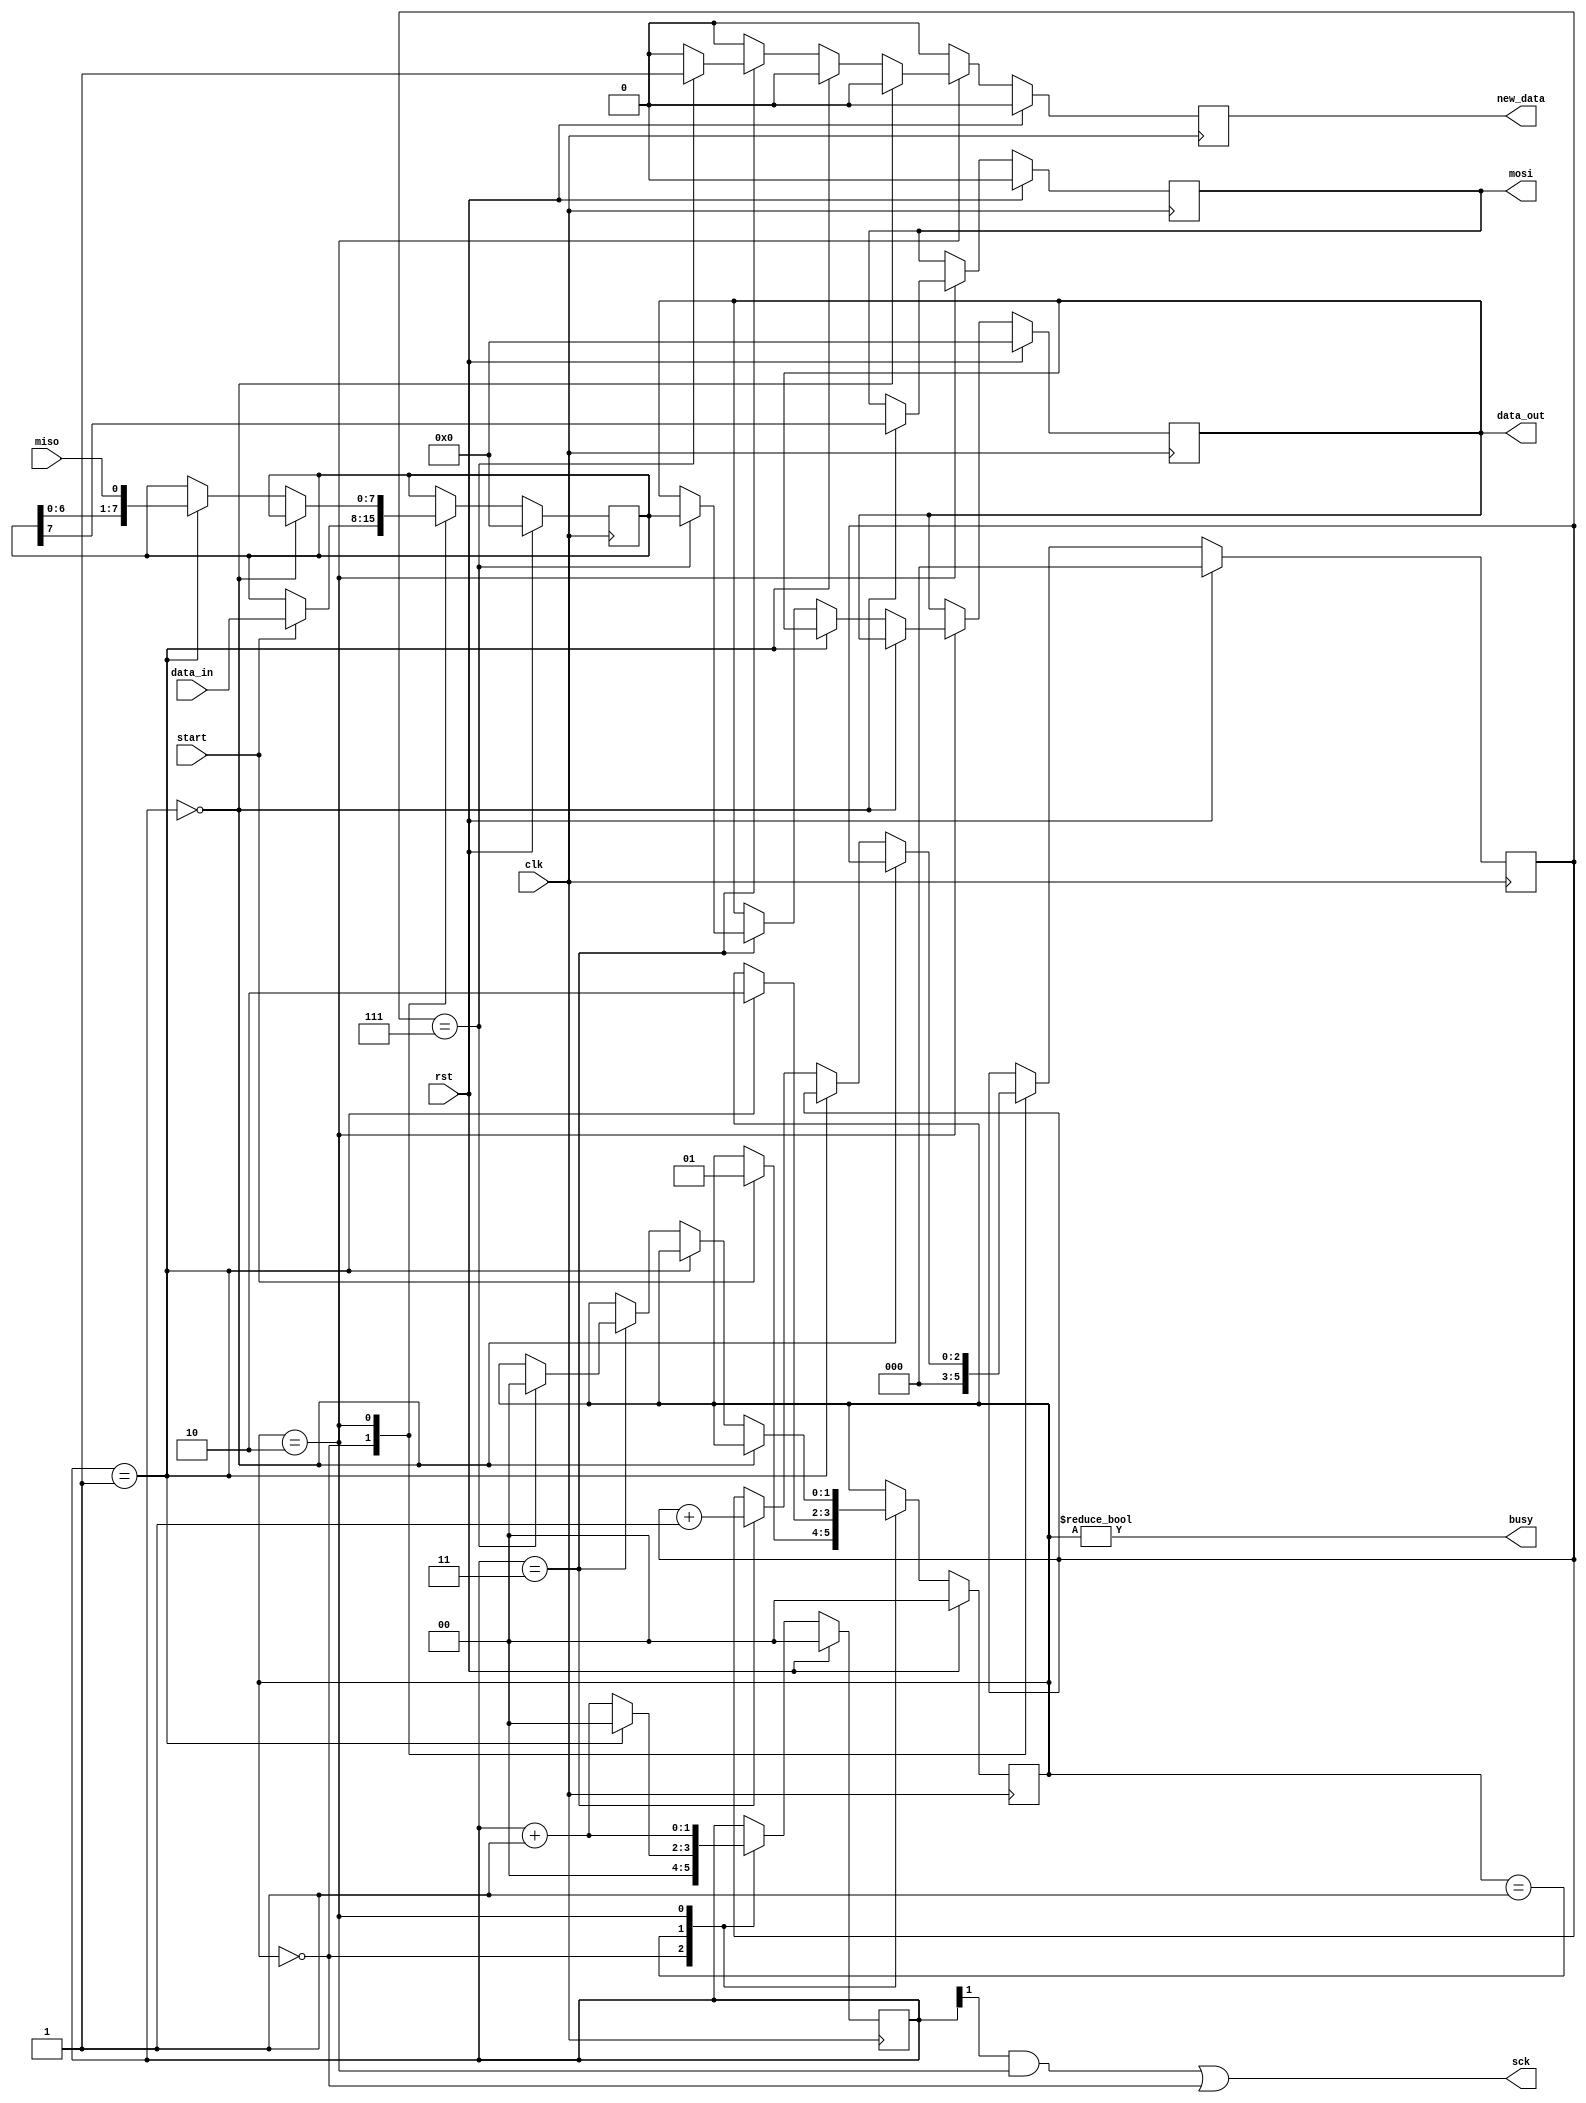
/*
 * SPI Master found @
 * https://embeddedmicro.com/tutorials/mojo/serial-peripheral-interface-spi
 * Embedded Micro implementation
 */

module spi_master #(parameter CLK_DIV = 2)(
        input clk,
        input rst,
        input miso,
        output mosi,
        output sck,
        input start,
        input[7:0] data_in,
        output[7:0] data_out,
        output busy,
        output new_data
    );
     
    localparam STATE_SIZE = 2;
    localparam IDLE = 2'd0,
            WAIT_HALF = 2'd1,
            TRANSFER = 2'd2;
     
    reg [STATE_SIZE-1:0] state_d, state_q;
     
    reg [7:0] data_d, data_q;
    reg [CLK_DIV-1:0] sck_d, sck_q;
    reg mosi_d, mosi_q;
    reg [2:0] ctr_d, ctr_q;
    reg new_data_d, new_data_q;
    reg [7:0] data_out_d, data_out_q;
     
    assign mosi = mosi_q;
    assign sck = ((sck_q[CLK_DIV-1]) & (state_q == TRANSFER)) | (state_q == IDLE); //changed to delay
    assign busy = state_q != IDLE;
    assign data_out = data_out_q;
    assign new_data = new_data_q;
     
    always @(*) begin
        sck_d = sck_q;
        data_d = data_q;
        mosi_d = mosi_q;
        ctr_d = ctr_q;
        new_data_d = 1'b0;
        data_out_d = data_out_q;
        state_d = state_q;
         
        case (state_q)
            IDLE: begin
                sck_d = 4'b0;
                ctr_d = 3'b0;
                if (start == 1'b1) begin
                    data_d = data_in;
                    state_d = WAIT_HALF;
                end
            end
            WAIT_HALF: begin
                sck_d = sck_q + 1'b1;
                if (sck_q == {CLK_DIV-1{1'b1}}) begin
                    sck_d = 1'b0;
                    state_d = TRANSFER;
                end
            end
            TRANSFER: begin
                sck_d = sck_q + 1'b1;
                if (sck_q == 4'b0000) begin
                    mosi_d = data_q[7];
                end else if (sck_q == {CLK_DIV-1{1'b1}}) begin
                    data_d = {data_q[6:0], miso};
                end else if (sck_q == {CLK_DIV{1'b1}}) begin
                    ctr_d = ctr_q + 1'b1;
                    if (ctr_q == 3'b111) begin
                        state_d = IDLE;
                        data_out_d = data_q;
                        new_data_d = 1'b1;
                    end
                end
            end
        endcase
    end
     
    always @(posedge clk) begin
        if (rst) begin
            ctr_q <= 3'b0;
            data_q <= 8'b0;
            sck_q <= 4'b0;
            mosi_q <= 1'b0;
            state_q <= IDLE;
            data_out_q <= 8'b0;
            new_data_q <= 1'b0;
        end else begin
            ctr_q <= ctr_d;
            data_q <= data_d;
            sck_q <= sck_d;
            mosi_q <= mosi_d;
            state_q <= state_d;
            data_out_q <= data_out_d;
            new_data_q <= new_data_d;
        end
    end
     
endmodule

/* 
 * SPI wrapper written by
 * Michael Christen - 2015
 */

module spi (
	//STD
	input wire clock,
	input wire clock_valid,
	input wire reset,
	//GPIO pins
	input wire miso,
	output wire mosi,
	output wire sck,
	output wire ss,
	//E100 Interface
	input wire spi_command,
	output reg spi_response,
	input wire [7:0] spi_send_data,
	output wire [7:0] spi_receive_data);

	reg next_response;
	//Input to module
	reg start, next_start;
	//Output from module
	wire busy, new_data;
	assign ss = ~busy; //active low

	reg [1:0] state;
	reg [1:0] next_state;
	parameter state_reset = 2'h0;
	parameter state_idle  = 2'h1;
	parameter state_busy  = 2'h2;
	parameter state_done  = 2'h3;

	spi_master #(.CLK_DIV(10)) spi_impl (
			clock & clock_valid, 
			reset,
			miso,
			mosi,
			sck,
			start,
			spi_send_data,
			spi_receive_data,
			busy,
			new_data);

	always @(posedge clock) begin
		if(clock_valid == 1'b0) begin
		end else if(reset == 1'b1) begin
			spi_response <= 1'b0;
			state <= state_reset;
			start <= 1'b0;
		end else begin
			spi_response <= next_response;
			state        <= next_state;
			start		 <= next_start;
		end
	end

	always @* begin
		next_state = state_reset;	
		next_response = 1'b0;
		next_start    = 1'b0;

		case (state)
			state_reset: begin
				next_state = state_idle;
			end

			state_idle: begin
				if(spi_command == 1'b1) begin
					next_start  = 1'b1;
					next_state = state_busy;
				end else begin
					next_state = state_idle;
				end
			end

			state_busy: begin
				if(new_data == 1'b1) begin
					next_state = state_done;
				end else begin
					next_state = state_busy;
				end
			end

			state_done: begin
				next_response = 1'b1;
				if(spi_command == 1'b0) begin
					next_state = state_idle;
				end else begin
					next_state = state_done;
				end
			end

		endcase
	end

endmodule